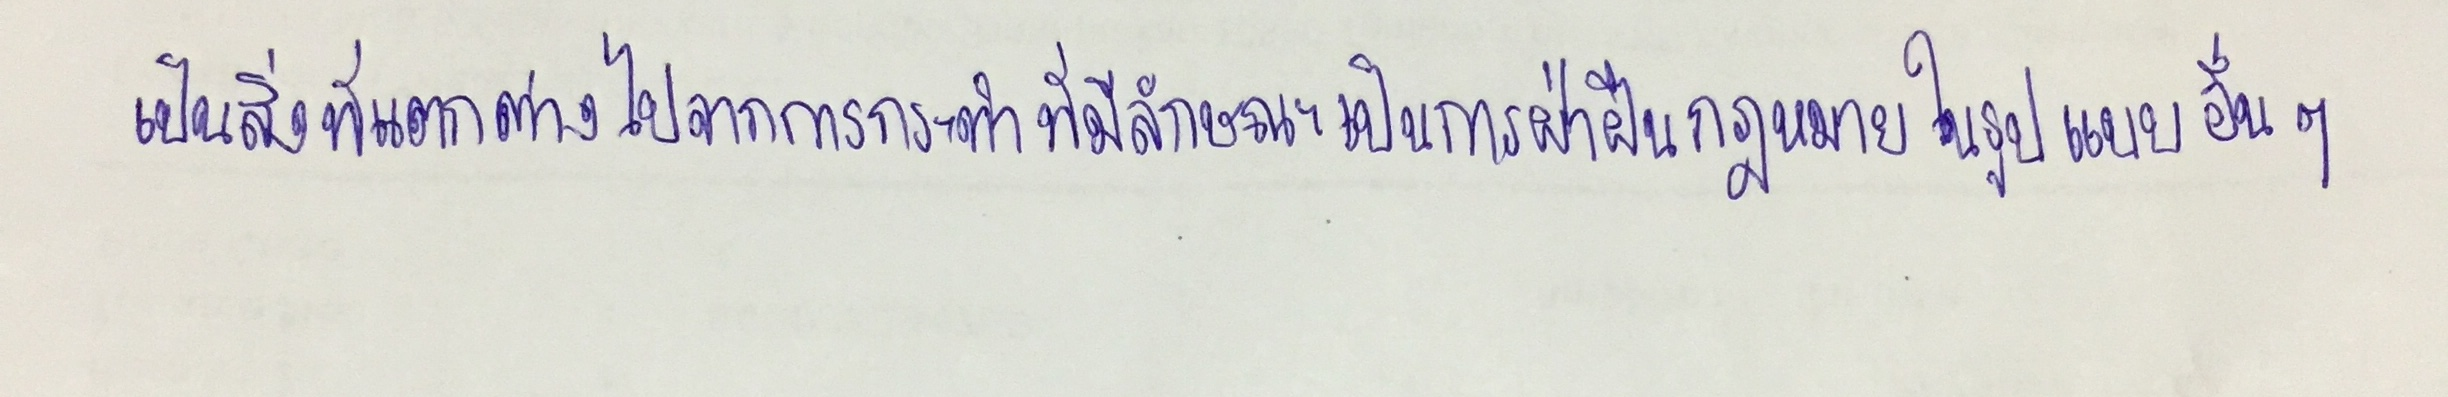
เป็นสิ่งที่แตกต่างไปจากการกระทำที่มีลักษณะเป็นการฝ่าฝืนกฎหมายในรูปแบบอื่นๆ